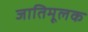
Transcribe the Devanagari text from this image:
जातिमूलक